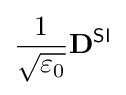
{\frac {1}{\sqrt {\varepsilon _{0}}}}\mathbf {D} ^{\textsf {SI}}